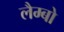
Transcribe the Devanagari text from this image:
लैम्बो